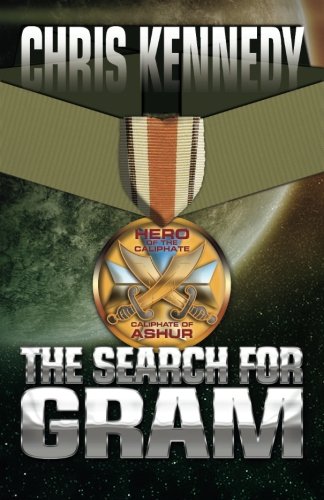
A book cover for The Search for Gram (Codex Regius) (Volume 1); Chris Kennedy; Science Fiction & Fantasy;